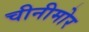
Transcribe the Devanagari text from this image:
चीनीमोर